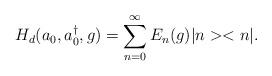
LaTeX: \begin{align*}H_{d}(a_0,a^{\dag }_0,g)=\sum ^{\infty }_{n=0}E_{n}(g)|n><n|.\end{align*}